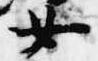
女